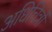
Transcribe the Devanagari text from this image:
अधिचित्रों